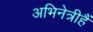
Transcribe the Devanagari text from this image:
अभिनेत्रीहैं